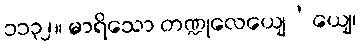
၁၁၃၂။ မာရိသော တဏ္ဍုလေယျေ’ယျေ၊